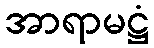
အာရာမဋ္ဌံ